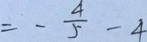
= - \frac { 4 } { 5 } - 4